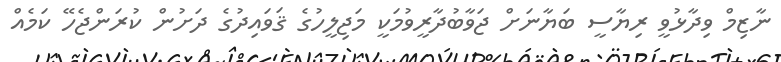
ނާޒިމް ވިދާޅުވީ ރިޔާސީ ބަޔާނަށް ޖަވާބުދާރީވުމަކީ މަޖިލީހުގެ ޤަވައިދުގެ ދަށުން ކުރަންޖެހޭ ކަމެއް